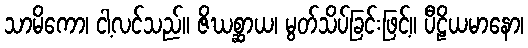
သာမိကော၊ ငါ့လင်သည်။ ဇိဃစ္ဆာယ၊ မွတ်သိပ်ခြင်းဖြင့်။ ပီဠိယမာနော၊